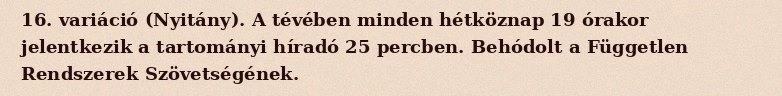
16. variáció (Nyitány). A tévében minden hétköznap 19 órakor jelentkezik a tartományi híradó 25 percben. Behódolt a Független Rendszerek Szövetségének.